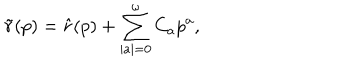
\tilde { r } ( p ) = \hat { r } ( p ) + \sum _ { \mid a \mid = 0 } ^ { \omega } C _ { a } p ^ { a } ,